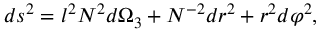
d s ^ { 2 } = l ^ { 2 } N ^ { 2 } d \Omega _ { 3 } + N ^ { - 2 } d r ^ { 2 } + r ^ { 2 } d \varphi ^ { 2 } ,